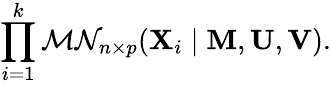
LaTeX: \prod_{i=1}^{k}{\mathcal{MN}}_{n\times p}(\mathbf{X}_{i}\mid\mathbf{M},\mathbf{U},\mathbf{V}).